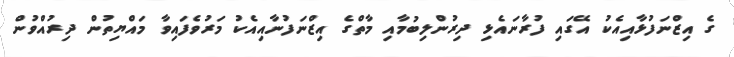
ގެ އިޒްނަފުޅާއިއެކު އޭގައި ފުރާނައެޅި ދިރުންލިބުމާއި މާތްގެ އިޒްނަފުނާއިއެކު މަރުވެފައިވާ މައްޔިތުން ދިރުއްވުން